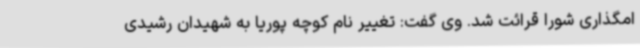
امگذاری شورا قرائت شد. وی گفت: تغییر نام کوچه پوریا به شهیدان رشیدی